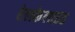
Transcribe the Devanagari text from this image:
ऐलकेलाइड